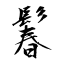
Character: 鬊